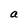
Character: a